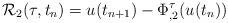
LaTeX: \begin{align*} \mathcal{R}_{2}(\tau, t_{n})= u(t_{n+1}) - \Phi^\tau_{, 2}(u(t_{n})) \end{align*}